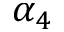
\alpha _ { 4 }